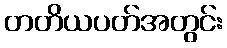
တတိယပတ်အတွင်း